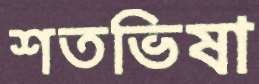
শতভিষা